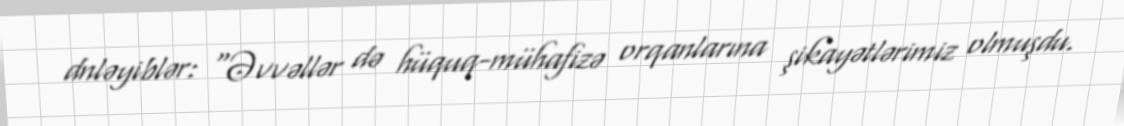
dnləyiblər: “Əvvəllər də hüquq-mühafizə orqanlarına şikayətlərimiz olmuşdu.